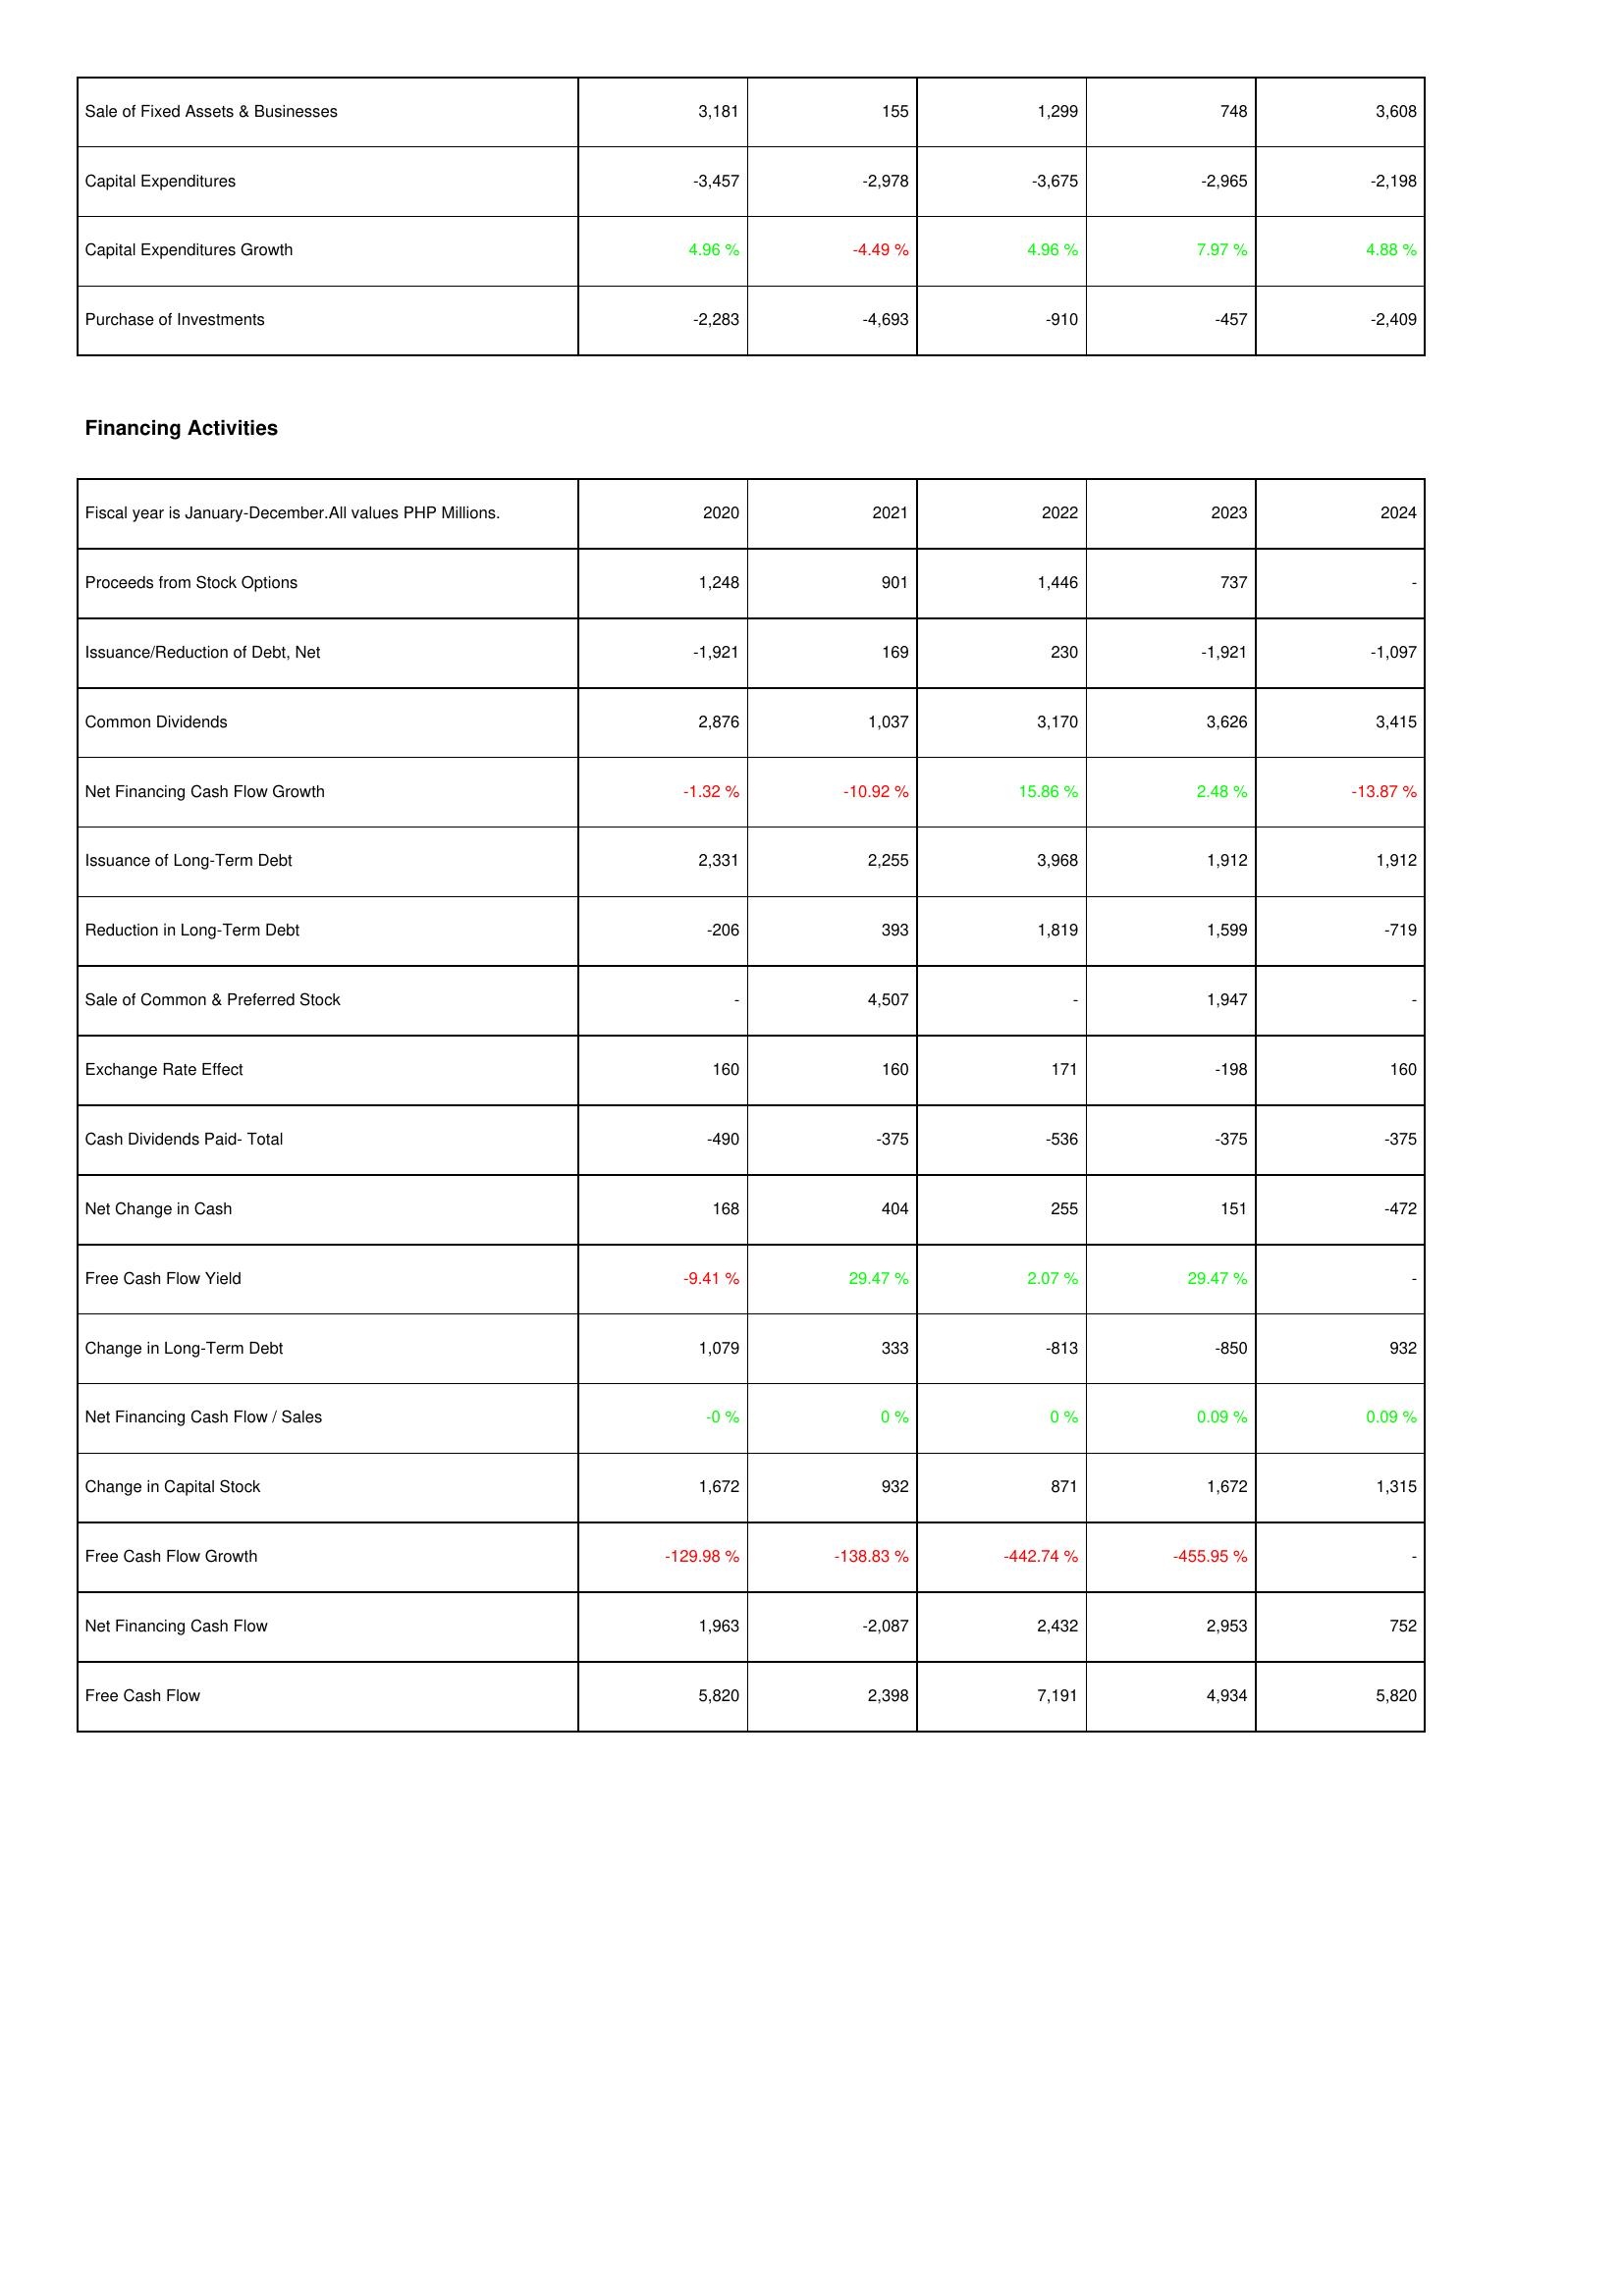
2020: Investing Activities: Sale of Fixed Assets & Businesses: 3,181
Capital Expenditures: -3,457
Capital Expenditures Growth: 4.96 %
Purchase of Investments: -2,283
Financing Activities: Proceeds from Stock Options: 1,248
Issuance/Reduction of Debt, Net: -1,921
Common Dividends: 2,876
Net Financing Cash Flow Growth: -1.32 %
Issuance of Long-Term Debt: 2,331
Reduction in Long-Term Debt: -206
Sale of Common & Preferred Stock: -
Exchange Rate Effect: 160
Cash Dividends Paid- Total: -490
Net Change in Cash: 168
Free Cash Flow Yield: -9.41 %
Change in Long-Term Debt: 1,079
Net Financing Cash Flow / Sales: -0 %
Change in Capital Stock: 1,672
Free Cash Flow Growth: -129.98 %
Net Financing Cash Flow: 1,963
Free Cash Flow: 5,820
2021: Investing Activities: Sale of Fixed Assets & Businesses: 155
Capital Expenditures: -2,978
Capital Expenditures Growth: -4.49 %
Purchase of Investments: -4,693
Financing Activities: Proceeds from Stock Options: 901
Issuance/Reduction of Debt, Net: 169
Common Dividends: 1,037
Net Financing Cash Flow Growth: -10.92 %
Issuance of Long-Term Debt: 2,255
Reduction in Long-Term Debt: 393
Sale of Common & Preferred Stock: 4,507
Exchange Rate Effect: 160
Cash Dividends Paid- Total: -375
Net Change in Cash: 404
Free Cash Flow Yield: 29.47 %
Change in Long-Term Debt: 333
Net Financing Cash Flow / Sales: 0 %
Change in Capital Stock: 932
Free Cash Flow Growth: -138.83 %
Net Financing Cash Flow: -2,087
Free Cash Flow: 2,398
2022: Investing Activities: Sale of Fixed Assets & Businesses: 1,299
Capital Expenditures: -3,675
Capital Expenditures Growth: 4.96 %
Purchase of Investments: -910
Financing Activities: Proceeds from Stock Options: 1,446
Issuance/Reduction of Debt, Net: 230
Common Dividends: 3,170
Net Financing Cash Flow Growth: 15.86 %
Issuance of Long-Term Debt: 3,968
Reduction in Long-Term Debt: 1,819
Sale of Common & Preferred Stock: -
Exchange Rate Effect: 171
Cash Dividends Paid- Total: -536
Net Change in Cash: 255
Free Cash Flow Yield: 2.07 %
Change in Long-Term Debt: -813
Net Financing Cash Flow / Sales: 0 %
Change in Capital Stock: 871
Free Cash Flow Growth: -442.74 %
Net Financing Cash Flow: 2,432
Free Cash Flow: 7,191
2023: Investing Activities: Sale of Fixed Assets & Businesses: 748
Capital Expenditures: -2,965
Capital Expenditures Growth: 7.97 %
Purchase of Investments: -457
Financing Activities: Proceeds from Stock Options: 737
Issuance/Reduction of Debt, Net: -1,921
Common Dividends: 3,626
Net Financing Cash Flow Growth: 2.48 %
Issuance of Long-Term Debt: 1,912
Reduction in Long-Term Debt: 1,599
Sale of Common & Preferred Stock: 1,947
Exchange Rate Effect: -198
Cash Dividends Paid- Total: -375
Net Change in Cash: 151
Free Cash Flow Yield: 29.47 %
Change in Long-Term Debt: -850
Net Financing Cash Flow / Sales: 0.09 %
Change in Capital Stock: 1,672
Free Cash Flow Growth: -455.95 %
Net Financing Cash Flow: 2,953
Free Cash Flow: 4,934
2024: Investing Activities: Sale of Fixed Assets & Businesses: 3,608
Capital Expenditures: -2,198
Capital Expenditures Growth: 4.88 %
Purchase of Investments: -2,409
Financing Activities: Proceeds from Stock Options: -
Issuance/Reduction of Debt, Net: -1,097
Common Dividends: 3,415
Net Financing Cash Flow Growth: -13.87 %
Issuance of Long-Term Debt: 1,912
Reduction in Long-Term Debt: -719
Sale of Common & Preferred Stock: -
Exchange Rate Effect: 160
Cash Dividends Paid- Total: -375
Net Change in Cash: -472
Free Cash Flow Yield: -
Change in Long-Term Debt: 932
Net Financing Cash Flow / Sales: 0.09 %
Change in Capital Stock: 1,315
Free Cash Flow Growth: -
Net Financing Cash Flow: 752
Free Cash Flow: 5,820